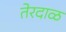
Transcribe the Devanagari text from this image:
तेरदाळ